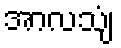
အာလသျံ